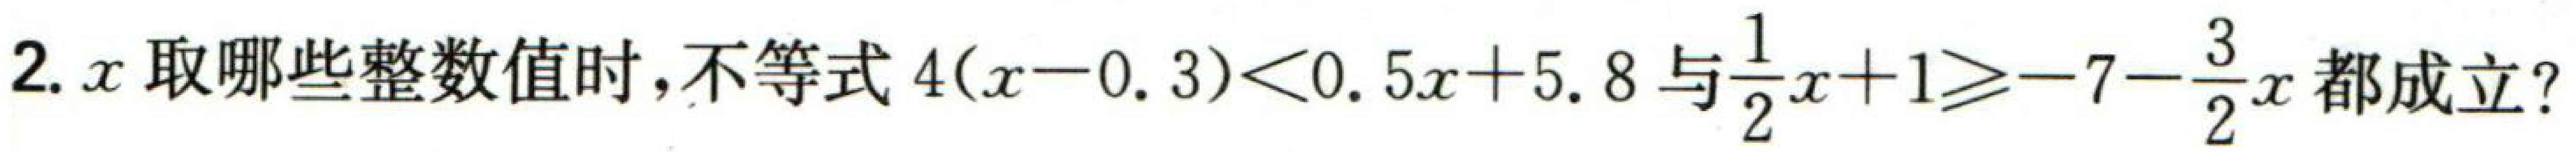
$2.x取哪些整数值时,不等式4(x - 0.3)<0.5x + 5.8与\frac{1}{2}x + 1\geqslant-7-\frac{3}{2}x都成立?$